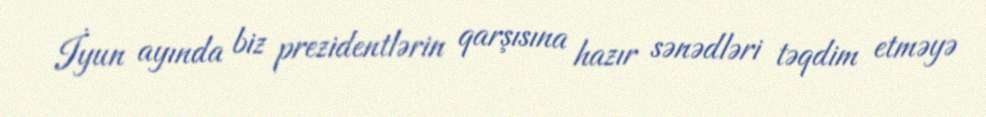
İyun ayında biz prezidentlərin qarşısına hazır sənədləri təqdim etməyə